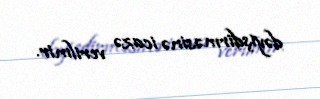
dəyişdirməsinə icazə verilmir.